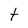
Character: t